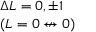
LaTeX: \begin{array} { l } { \Delta L = 0 , \pm 1 } \\ { ( L = 0 \not \leftrightarrow 0 ) } \end{array}